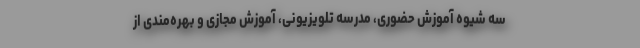
سه شیوه آموزش حضوری، مدرسه تلویزیونی، آموزش مجازی و بهره‌مندی از